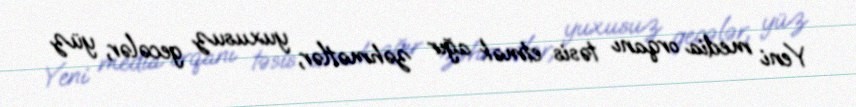
Yeni media orqanı təsis etmək ağır zəhmətlər, yuxusuz gecələr, yüz